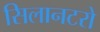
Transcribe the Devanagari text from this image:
सिलानटरो